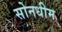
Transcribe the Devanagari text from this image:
सोनधीम